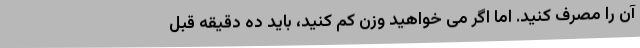
آن را مصرف کنید. اما اگر می خواهید وزن کم کنید، باید ده دقیقه قبل